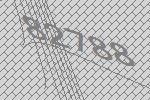
82788